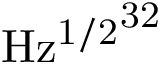
\mathrm { { H z ^ { 1 / 2 } } ^ { 3 2 } }